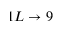
1 L \to 9